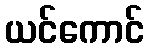
ယင်ကောင်